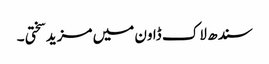
سندھ لاک ڈاون میں مزید سختی ۔